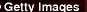
Getty images